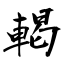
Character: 輵